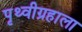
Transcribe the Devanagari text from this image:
पृथ्वीग्रहाला